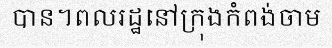
បាន។ពលរដ្ឋនៅក្រុងកំពង់ចាម